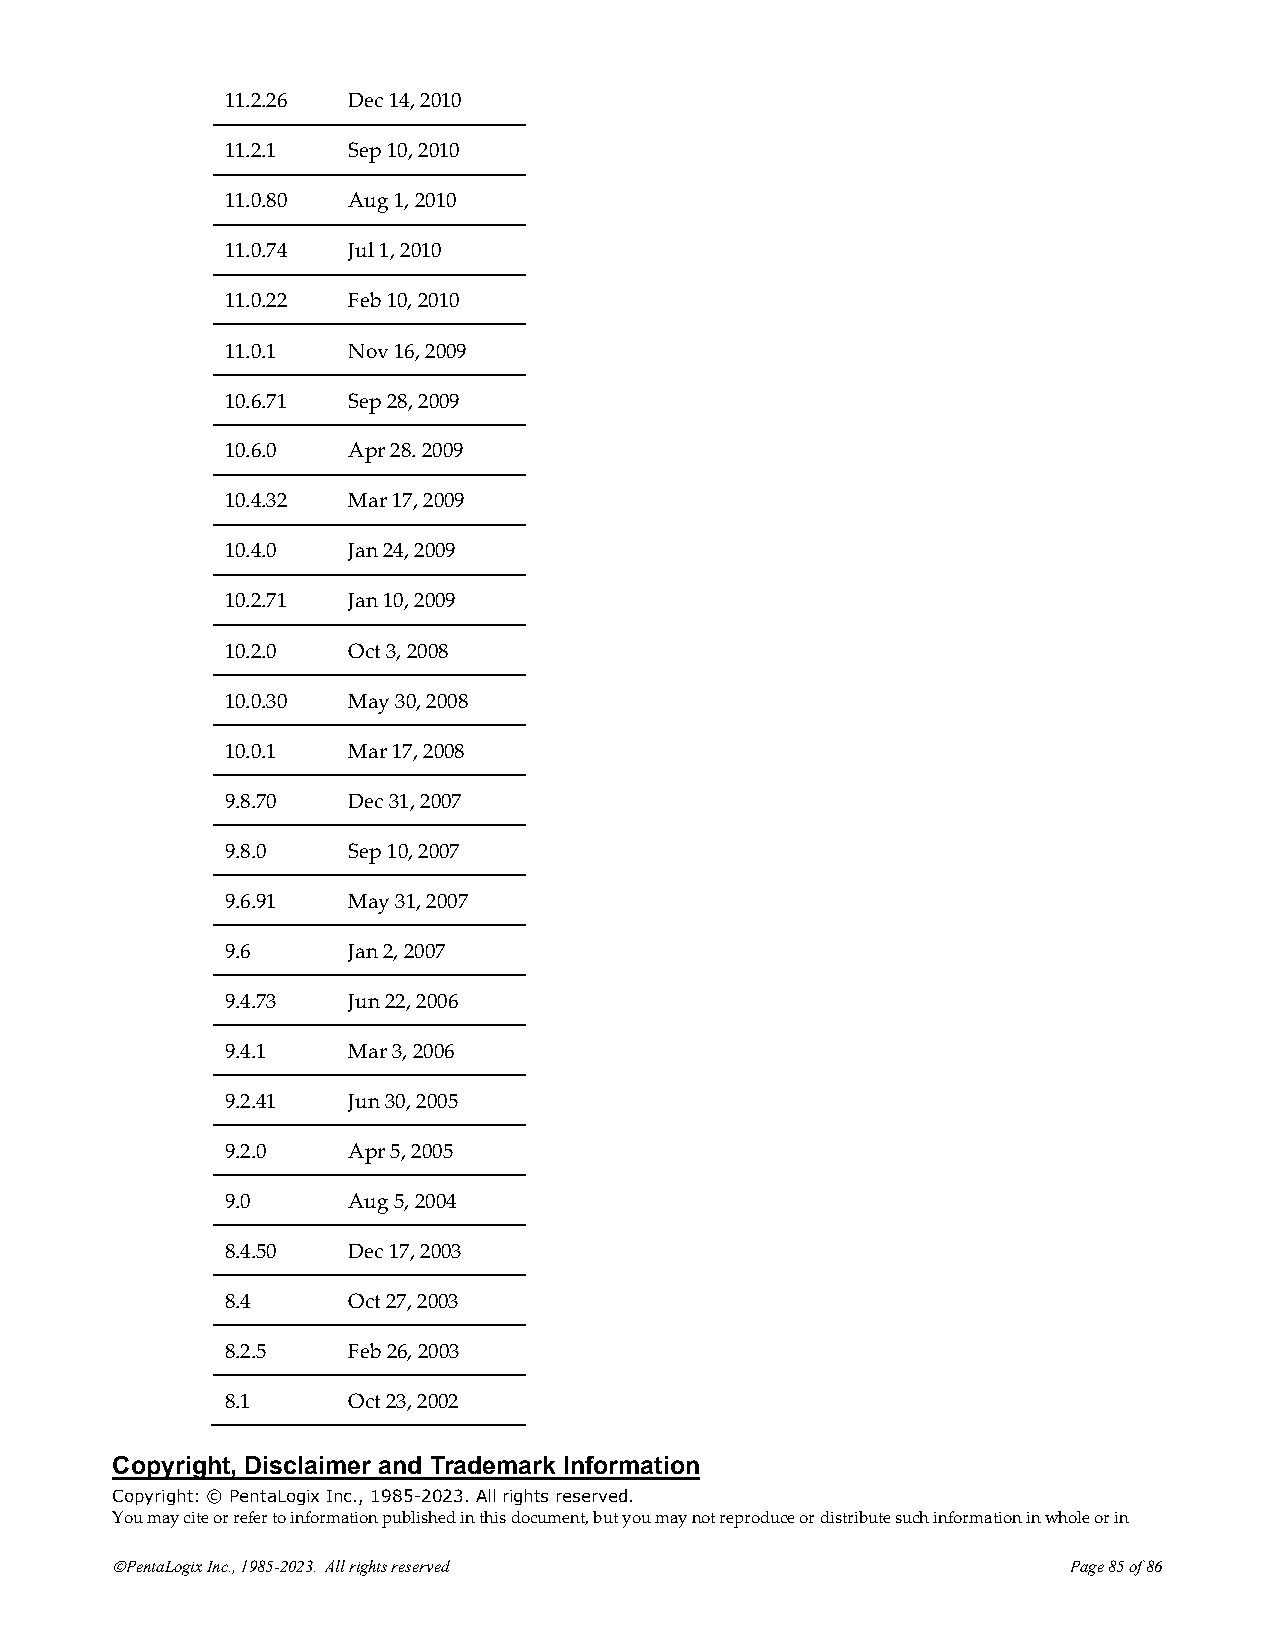
11.2.26 Dec 14, 2010
 11.2.1  Sep 10, 2010
 11.0.80 Aug 1, 2010
 11.0.74 Jul 1, 2010
 11.0.22 Feb 10, 2010
 11.0.1  Nov 16, 2009
 10.6.71 Sep 28, 2009
 10.6.0  Apr 28. 2009
 10.4.32 Mar 17, 2009
 10.4.0  Jan 24, 2009
 10.2.71 Jan 10, 2009
 10.2.0  Oct 3, 2008
 10.0.30 May 30, 2008
 10.0.1  Mar 17, 2008
 9.8.70  Dec 31, 2007
 9.8.0   Sep 10, 2007
 9.6.91  May 31, 2007
 9.6     Jan 2, 2007
 9.4.73  Jun 22, 2006
 9.4.1   Mar 3, 2006
 9.2.41  Jun 30, 2005
 9.2.0   Apr 5, 2005
 9.0     Aug 5, 2004
 8.4.50  Dec 17, 2003
 8.4     Oct 27, 2003
 8.2.5   Feb 26, 2003
 8.1     Oct 23, 2002
 Copyright, Disclaimer and Trademark Information
 Copyright: © PentaLogix Inc., 1985-2023. All rights reserved.
 You may cite or refer to information published in this document, but you may not reproduce or distribute such information in whole or in
 ©PentaLogix Inc., 1985-2023. All rights reserved                Page 85 of 86